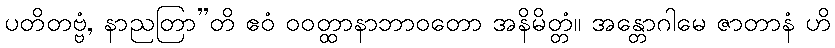
ပတိတဗ္ဗံ, နာညတြာ”တိ ဧဝံ ဝဝတ္ထာနာဘာဝတော အနိမိတ္တံ။ အန္တောဂါမေ ဇာတာနံ ဟိ